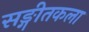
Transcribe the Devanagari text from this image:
सङ्गीतकला